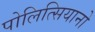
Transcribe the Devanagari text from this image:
पोलित्सियानो